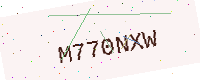
Text: M770NXW